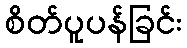
စိတ်ပူပန်ခြင်း